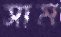
সাম